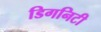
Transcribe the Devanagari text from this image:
डिगनिटी